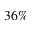
3 6 \%